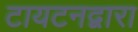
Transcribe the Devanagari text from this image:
टायटनद्वारा